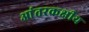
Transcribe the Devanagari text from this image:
आंतरकक्षीय